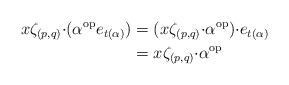
LaTeX: \begin{align*}{x\zeta_{(p, q)}}{\cdot}(\alpha^{\rm op} e_{t(\alpha)})&=({x\zeta_{(p, q)}}{\cdot}\alpha^{\rm op}){\cdot} e_{t(\alpha)}\\&={x\zeta_{(p, q)}}{\cdot}\alpha^{\rm op}\end{align*}